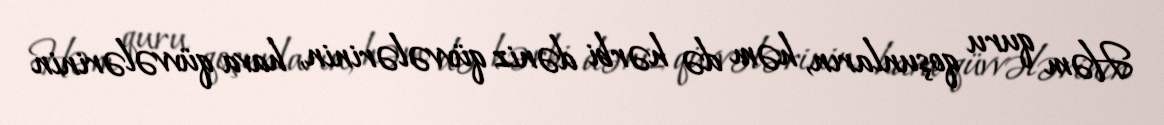
Həm quru qoşunların, həm də hərbi dəniz qüvvələrinin, hava qüvvələrinin